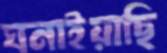
ঘনাইয়াছি